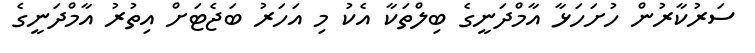
ސަރުކާރުން ހުށަހަޅާ އާމްދަނީގެ ބިލްތަކާ އެކު މި އަހަރު ބަޖެޓަށް އިތުރު އާމްދަނީގެ